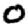
Digit: 0